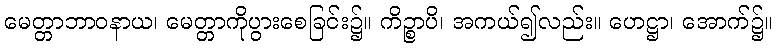
မေတ္တာဘာဝနာယ၊ မေတ္တာကိုပွားစေခြင်း၌။ ကိဉ္စာပိ၊ အကယ်၍လည်း။ ဟေဋ္ဌာ၊ အောက်၌။